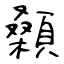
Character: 顙